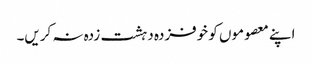
اپنے معصوموں کو خوفزدہ دہشت زدہ نہ کریں۔